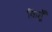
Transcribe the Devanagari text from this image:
किहूँ